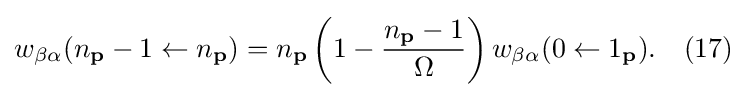
w_{\beta \alpha }(n_{\mathbf {p} }-1\leftarrow n_{\mathbf {p} })=n_{\mathbf {p} }\left(1-{n_{\mathbf {p} }-1 \over \Omega }\right)w_{\beta \alpha }(0\leftarrow 1_{\mathbf {p} }).\quad (17)